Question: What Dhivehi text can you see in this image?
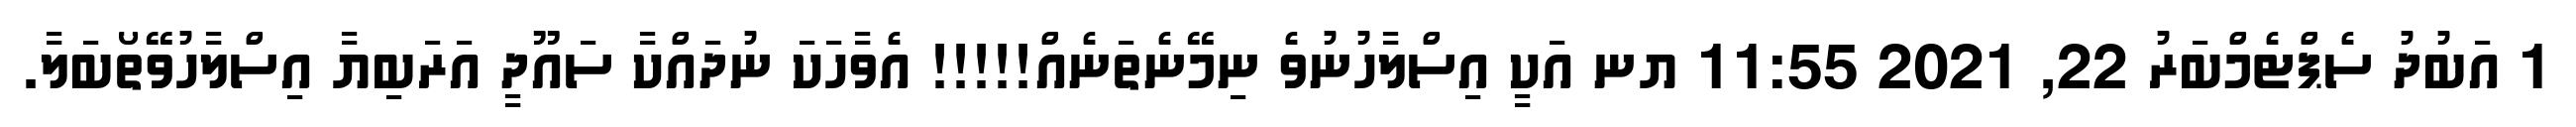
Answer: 1 އަބުދު ސެޕްޓެމްބަރު 22, 2021 11:55 ޔނ އަކީ އިސްލާހުނުވެ ނިމޭނެތަނެއް!!!!! އެވާހަކަ ނުދައްކާ ސައޫދީ އަރަބިޔާ އިސްލާހުވޭތޯބަލާ.